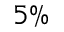
5 \%